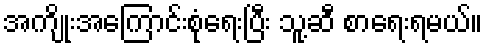
အကျိုးအကြောင်းစုံရေးပြီး သူ့ဆီ စာရေးရမယ်။